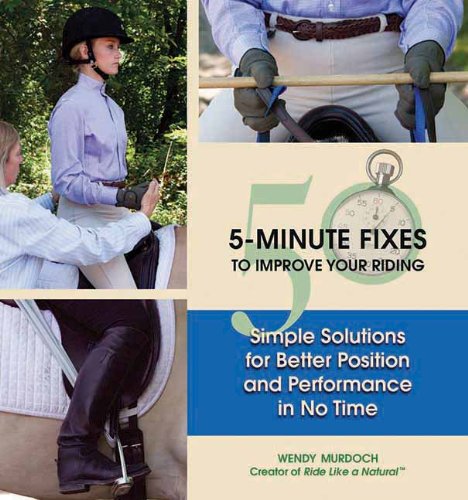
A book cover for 50 5-Minute Fixes to Improve Your Riding: Simple Solutions for Better Position and Performance in No Time; Wendy Murdoch; Crafts, Hobbies & Home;